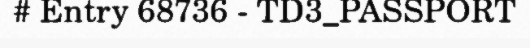
# Entry 68736 - TD3_PASSPORT